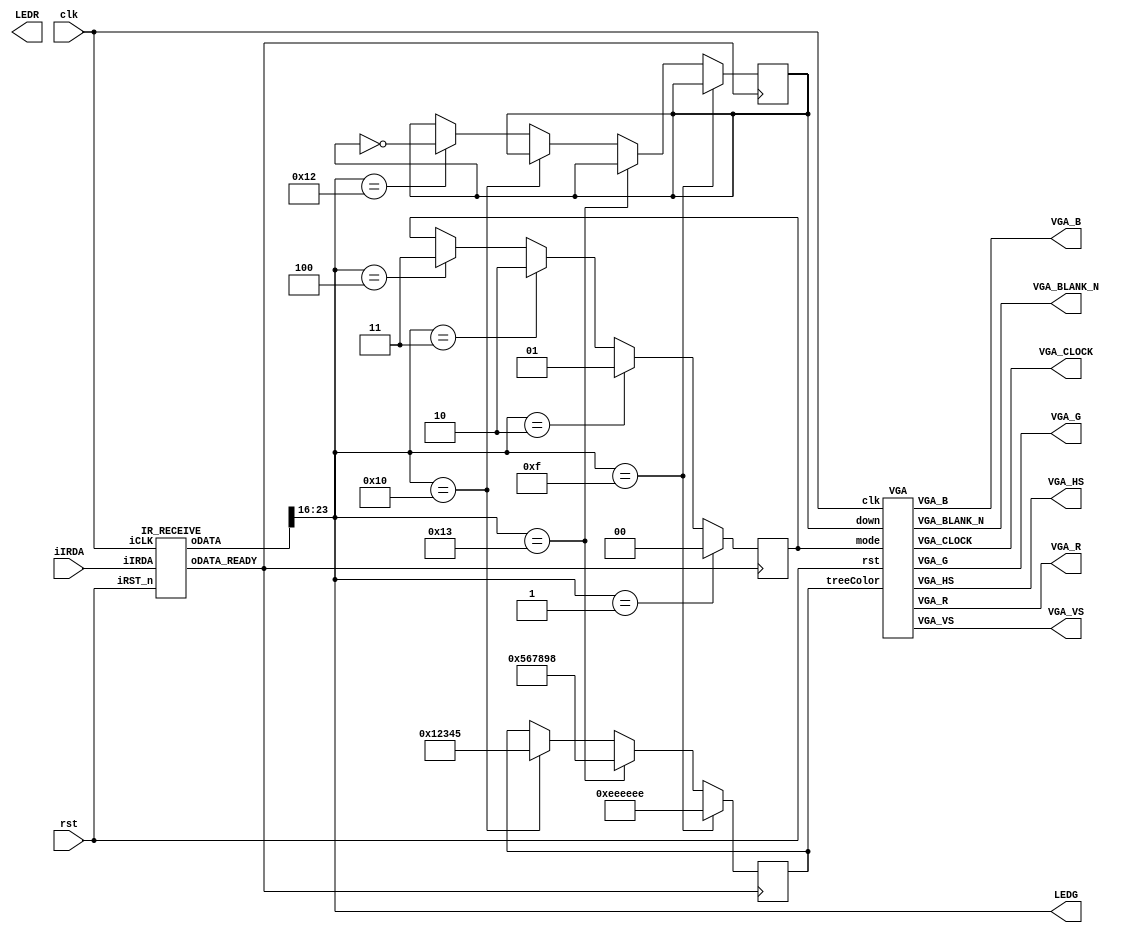
`define MAXHZ 5_000_000 // to 5 Hz :  
module HW2(clk, rst, VGA_HS, VGA_VS ,VGA_R, VGA_G, VGA_B,VGA_BLANK_N,VGA_CLOCK,iIRDA, LEDR, LEDG);
	
	input clk, rst, iIRDA;		//clk 50MHz
	output VGA_HS, VGA_VS;
	output VGA_BLANK_N,VGA_CLOCK;
	output 		[7:0] 		LEDG;
	output reg 	[17:0] 		LEDR;
	output [7:0] VGA_R,VGA_G,VGA_B;
	
	wire 	[31:0] 	IR_Data;
	wire 	[7:0]		keyCode;
	wire 				keyValid;
	reg [23:0] treeColor = 24'hFFFFFF;
	reg [1:0] mode;
	reg down;
	
	VGA U1(clk, rst, VGA_HS, VGA_VS ,VGA_R, VGA_G, VGA_B,VGA_BLANK_N,VGA_CLOCK, mode, treeColor, down);
	
	IR_RECEIVE U2(.iCLK(clk), .iRST_n(rst), .iIRDA(iIRDA), .oDATA_READY(keyValid), .oDATA(IR_Data));
	
	assign keyCode = IR_Data[23:16];
	assign LEDG = keyCode;
	
	
	
	always @(negedge keyValid)begin
		if(keyCode == 8'h01) mode <= 2'b00;
		else if(keyCode == 8'h02) mode <= 2'b01;
		else if(keyCode == 8'h03) mode <= 2'b10;
		else if(keyCode == 8'h04) mode <= 2'b11;
		
		if(keyCode == 8'h0F) treeColor = 24'hEEEEEE;
		else if(keyCode == 8'h13) treeColor = 24'h567898;
		else if(keyCode == 8'h10) treeColor = 24'h012345;
		else if(keyCode == 8'h12) down = ~down;
	
	end
	
endmodule

module VGA(clk, rst, VGA_HS, VGA_VS ,VGA_R, VGA_G, VGA_B,VGA_BLANK_N,VGA_CLOCK, mode, treeColor,down);

	input clk, rst;		//clk 50MHz
	input down;
	input [1:0] mode;
	input [23:0] treeColor;
	output VGA_HS, VGA_VS;
	output reg [7:0] VGA_R,VGA_G,VGA_B;
	output VGA_BLANK_N,VGA_CLOCK;

	reg VGA_HS, VGA_VS;
	reg[10:0] counterHS;
	reg[9:0] counterVS;
	reg [2:0] valid;
	reg clk25M;

	reg [12:0] X,Y;
	reg [9:0] objX, objY;
	
	parameter H_FRONT = 16;
	parameter H_SYNC  = 96;
	parameter H_BACK  = 48;
	parameter H_ACT   = 640;//
	parameter H_BLANK = H_FRONT + H_SYNC + H_BACK;
	parameter H_TOTAL = H_FRONT + H_SYNC + H_BACK + H_ACT;

	parameter V_FRONT = 11;
	parameter V_SYNC  = 2;
	parameter V_BACK  = 32;
	parameter V_ACT   = 480;//
	parameter V_BLANK = V_FRONT + V_SYNC + V_BACK;
	parameter V_TOTAL = V_FRONT + V_SYNC + V_BACK + V_ACT;
	assign VGA_SYNC_N = 1'b0;
	assign VGA_BLANK_N = ~((counterHS<H_BLANK)||(counterVS<V_BLANK));
	assign VGA_CLOCK = ~clk25M;

	always@(posedge clk)
		clk25M = ~clk25M;


	always@(posedge clk25M)
	begin
		if(!rst) 
			counterHS <= 0;
		else begin
		
			if(counterHS == H_TOTAL) 
				counterHS <= 0;
			else 
				counterHS <= counterHS + 1'b1;
			
			if(counterHS == H_FRONT-1)
				VGA_HS <= 1'b0;
			if(counterHS == H_FRONT + H_SYNC -1)
				VGA_HS <= 1'b1;
				
			if(counterHS >= H_BLANK)
				X <= counterHS-H_BLANK;
			else
				X <= 0;	
		end
	end

	always@(posedge clk25M)
	begin
		if(!rst) 
			counterVS <= 0;
		else begin
		
			if(counterVS == V_TOTAL) 
				counterVS <= 0;
			else if(counterHS == H_TOTAL) 
				counterVS <= counterVS + 1'b1;
				
			if(counterVS == V_FRONT-1)
				VGA_VS <= 1'b0;
			if(counterVS == V_FRONT + V_SYNC -1)
				VGA_VS <= 1'b1;
			if(counterVS >= V_BLANK)
				Y <= counterVS-V_BLANK;
			else
				Y <= 0;
		end
	end
	reg   				CLK_5HZ;
	reg   	[31:0]  	count;
// Make CLK to 5HZ
	always @(posedge clk) begin
		if( count >= `MAXHZ )begin
			count <= 1;
			CLK_5HZ <= ~ CLK_5HZ;   
		end else begin
			count <= count + 1;
		end
	end
	
	reg [23:0]color[3:0];
	reg [31:0] offsetY;
	always@(posedge clk25M)
	begin
		if (!rst) 
		begin
			{VGA_R,VGA_G,VGA_B}<=0;
		end
		else 
		begin
		objX = 320;
		objY = 240;
			case (mode)
			2'b00: begin // Square
				if((Y+100)>objY && Y<(objY+100) && (X+100)>objX && X<(objX+100))
					{VGA_R,VGA_G,VGA_B}<= treeColor;
				else
					{VGA_R,VGA_G,VGA_B}<= color[3];
			end
			2'b01: begin // Triangle
				if(Y +140  >= X && Y+140 <= 400 && (X + Y) +140 >= 640)
					{VGA_R,VGA_G,VGA_B}<= treeColor;
				else
					{VGA_R,VGA_G,VGA_B}<= color[3];
			end
			2'b10: begin // Circle
				if( ((X - objX) * (X - objX)  + (Y - objY) * (Y - objY)) <= 4900)
					{VGA_R,VGA_G,VGA_B}<= treeColor;
				else
					{VGA_R,VGA_G,VGA_B}<= 24'hFFFFFF;
			end
			2'b11: begin // Tree
				if(Y >= X && Y <= 400 && (X + Y) >= 640)
					{VGA_R,VGA_G,VGA_B}<= treeColor;
				else if(Y+50 >= X && Y <= 350 && (X + Y+50) >= 640)
					{VGA_R,VGA_G,VGA_B}<= treeColor;
				else if(Y+100 >= X && Y <= 300 && (X + Y+100) >= 640)
					{VGA_R,VGA_G,VGA_B}<= treeColor;
				else if((Y+50)> 390&& Y<(390+50) && (X+20)>objX && X<(objX+20))
					{VGA_R,VGA_G,VGA_B}<= color[2];
				else
					{VGA_R,VGA_G,VGA_B}<= color[3];
				if(down == 1) begin
					if( ((X - 20) * (X - 20)  + (Y - 20 - offsetY ) * (Y - 20 - offsetY)) <= 100)
						{VGA_R,VGA_G,VGA_B}<= 24'hFFFFFF;
					if( ((X - 50) * (X - 50)  + (Y - 50 - offsetY ) * (Y - 50 - offsetY)) <= 100)
						{VGA_R,VGA_G,VGA_B}<= 24'hFFFFFF;
					if( ((X - 100) * (X - 100)  + (Y - 240 - offsetY ) * (Y - 240 - offsetY)) <= 100)
						{VGA_R,VGA_G,VGA_B}<= 24'hFFFFFF;
					if( ((X - 150) * (X - 150)  + (Y - 320 - offsetY ) * (Y - 320 - offsetY)) <= 100)
						{VGA_R,VGA_G,VGA_B}<= 24'hFFFFFF;
					if( ((X - 20) * (X - 20)  + (Y - 100 - offsetY ) * (Y - 100 - offsetY)) <= 100)
						{VGA_R,VGA_G,VGA_B}<= 24'hFFFFFF;
				end
			end
				
			endcase
		end
	end
	always @(posedge CLK_5HZ)begin
		if(down == 0)
			offsetY = 0;
		else 
			offsetY = offsetY + 20;
	end
	always@(posedge clk,negedge rst)begin
		if(!rst)begin
			color[0]<=24'h000000;//
			color[1]<=24'h000000;//
			color[2]<=24'h000000;//
			color[3]<=24'h000000;//
		end else begin
			color[0]<=24'h0000ff;//blue
			color[1]<=24'h00ff00;//green
			color[2]<=24'hff0000;//red
			color[3]<=24'h000000;//
		end
	end

endmodule

module IR_RECEIVE(iCLK,iRST_n,iIRDA,oDATA_READY,oDATA);
					
input iCLK;        //input clk,50MHz
input iRST_n;      //rst
input iIRDA;       //Irda RX output decoded data

output oDATA_READY; //data ready
output reg [31:0] oDATA; //output data,32bit 	
				
parameter IDLE = 2'b00;   //State Machine 
parameter GUIDANCE = 2'b01;    
parameter DATAREAD = 2'b10;    


parameter IDLE_DUR = 230000;  // idle_count    230000*0.02us = 4.60ms, threshold for IDLE--------->GUIDANCE
parameter GUIDANCE_DUR = 210000;  // guidance_count   210000*0.02us = 4.20ms, 4.5-4.2 = 0.3ms < BIT_AVAILABLE_DUR = 0.4ms,threshold for GUIDANCE------->DATAREAD
parameter DATAREAD_DUR = 262143;  // data_count    262143*0.02us = 5.24ms, threshold for DATAREAD-----> IDLE

parameter DATA_HIGH_DUR = 41500;	 // data_count    41500 *0.02us = 0.83ms, sample time from the posedge of iIRDA
parameter BIT_AVAILABLE_DUR = 20000;   // data_count    20000 *0.02us = 0.4ms,  the sample bit pointer,can inhibit the interference from iIRDA signal

reg [17:0] idle_count;           
reg idle_count_flag;       
reg [17:0] guidance_count;           
reg guidance_count_flag;      
reg [17:0] data_count;            
reg data_count_flag;    
  
reg [5:0] bitcount; //sample bit pointer
reg [1:0] state;   //state reg
reg [31:0] data;   //data reg
reg [31:0] data_buf; //data buf
reg data_ready; //data ready flag


assign oDATA_READY = data_ready;

//state change between IDLE,GUIDE,DATA_READ according to irda edge or counter
always @(posedge iCLK or negedge iRST_n)
begin 
	  if (!iRST_n)	     
	     state <= IDLE;
	  else 
			 case (state)
 			    IDLE     : if (idle_count > IDLE_DUR)  
			  	              state <= GUIDANCE; 
			    GUIDANCE : if (guidance_count > GUIDANCE_DUR)
			  	              state <= DATAREAD;
			    DATAREAD : if ((data_count >= DATAREAD_DUR) || (bitcount >= 33))
			  					      state <= IDLE;
	        default  : state <= IDLE; 
			 endcase
end
//idle counter switch when iIRDA is low under IDLE state
always @(posedge iCLK or negedge iRST_n)
begin	
	  if (!iRST_n)
		   idle_count_flag <= 1'b0;
	  else if ((state == IDLE) && !iIRDA)
			 idle_count_flag <= 1'b1;
		else                           
			 idle_count_flag <= 1'b0;		     		 	
 end  		  
//idle counter works on iclk under IDLE state only
always @(posedge iCLK or negedge iRST_n)
begin	
	  if (!iRST_n)
		   idle_count <= 0;
	  else if (idle_count_flag)    //the counter works when the flag is 1
			 idle_count <= idle_count + 1'b1;
		else  
			 idle_count <= 0;	         //the counter resets when the flag is 0		      		 	
end
   
//state counter switch when iIRDA is high under GUIDE state
always @(posedge iCLK or negedge iRST_n)	
begin
	  if (!iRST_n)
		   guidance_count_flag <= 1'b0;
	  else if ((state == GUIDANCE) && iIRDA)
			 guidance_count_flag <= 1'b1;
		else  
			 guidance_count_flag <= 1'b0;     		 	
end
//state counter works on iclk under GUIDE state only
always @(posedge iCLK or negedge iRST_n)	
begin
	  if (!iRST_n)
		   guidance_count <= 0;
	  else if (guidance_count_flag)    //the counter works when the flag is 1
			 guidance_count <= guidance_count + 1'b1;
		else  
			 guidance_count <= 0;	        //the counter resets when the flag is 0		      		 	
end
//data counter switch
always @(posedge iCLK or negedge iRST_n)
begin
	  if (!iRST_n) 
		   data_count_flag <= 0;	
	  else if ((state == DATAREAD) && iIRDA)
			 data_count_flag <= 1'b1;  
		else
			 data_count_flag <= 1'b0; 
end
//data read decode counter based on iCLK
always @(posedge iCLK or negedge iRST_n)	
begin
	  if (!iRST_n)
		   data_count <= 1'b0;
	  else if(data_count_flag)      //the counter works when the flag is 1
			 data_count <= data_count + 1'b1;
		else 
			 data_count <= 1'b0;        //the counter resets when the flag is 0
end
///////////////////////////////////////////////////////////////////////////////////////////////

//data reg pointer counter 
always @(posedge iCLK or negedge iRST_n)
begin
    if (!iRST_n)
       bitcount <= 6'b0;
	  else if (state == DATAREAD)
		begin
			if (data_count == BIT_AVAILABLE_DUR)
					bitcount <= bitcount + 1'b1; //add 1 when iIRDA posedge
		end   
	  else
	     bitcount <= 6'b0;
end	  
//data decode base on the value of data_count 	
always @(posedge iCLK or negedge iRST_n)
begin
	  if (!iRST_n)
	     data <= 0;
		else if (state == DATAREAD)
		begin
			 if (data_count >= DATA_HIGH_DUR) //2^15 = 32767*0.02us = 0.64us
			    data[bitcount-1'b1] <= 1'b1;  //>0.52ms  sample the bit 1
		end
		else
			 data <= 0;	
end		 
//set the data_ready flag 
always @(posedge iCLK or negedge iRST_n)
begin 
	  if (!iRST_n)
	     data_ready <= 1'b0;
    else if (bitcount == 32)   
		begin
			 if (data[31:24] == ~data[23:16])
			 begin		
					data_buf <= data;     //fetch the value to the databuf from the data reg
				  data_ready <= 1'b1;   //set the data ready flag
			 end	
			 else
				  data_ready <= 1'b0 ;  //data error
		end
		else
		   data_ready <= 1'b0 ;
end
//read data
always @(posedge iCLK or negedge iRST_n)
begin
	  if (!iRST_n)
		   oDATA <= 32'b0000;
	  else if (data_ready)
	     oDATA <= data_buf;  //output
end	  

endmodule